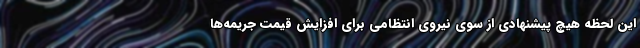
این لحظه هیچ پیشنهادی از سوی نیروی انتظامی برای افزایش قیمت جریمه‌ها